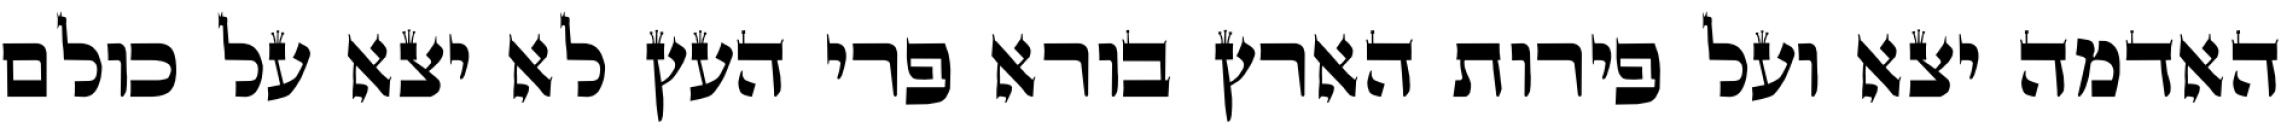
האדמה יצא ועל פירות הארץ בורא פרי העץ לא יצא על כולם